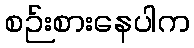
စဉ်းစားနေပါက